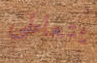
يتعاطى